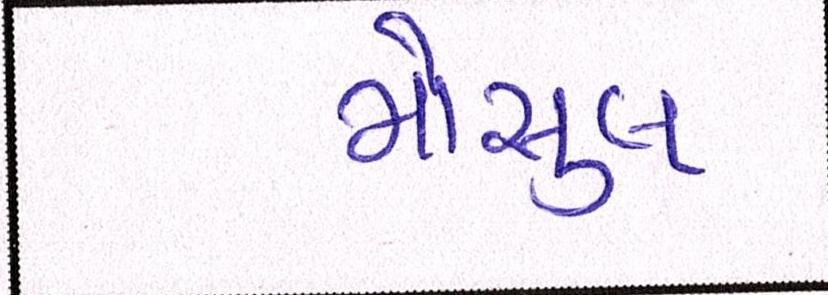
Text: મોસુલ